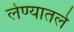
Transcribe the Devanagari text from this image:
लेण्यातले